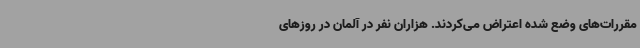
مقررات‌های وضع شده اعتراض می‌کردند. هزاران نفر در آلمان در روزهای